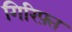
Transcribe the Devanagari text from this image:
गिरिफ़्त